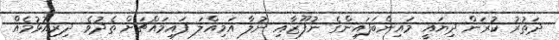
ދަތުރު ކުރަން ދިޔައީ މައިންބަފައިންގެ ނުފޫޒާއި ނުލާ އަމިއްލަ ފައިމައްޗަށް ތެދުވެ ދިރިއުޅުމެއް